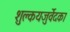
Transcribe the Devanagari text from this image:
शुक्लयजुर्वेदका